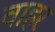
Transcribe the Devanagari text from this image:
वाहर